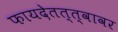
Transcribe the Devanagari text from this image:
फायदेतत्त्वावर